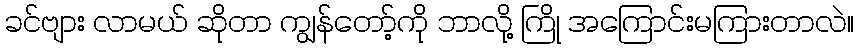
ခင်ဗျား လာမယ် ဆိုတာ ကျွန်တော့်ကို ဘာလို့ ကြို အကြောင်းမကြားတာလဲ။